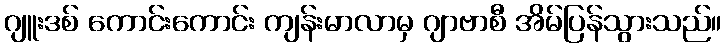
ဂျူးဒစ် ကောင်းကောင်း ကျန်းမာလာမှ ဂျာဗာစီ အိမ်ပြန်သွားသည်။